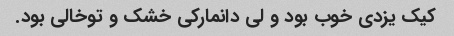
کیک یزدی خوب بود و لی دانمارکی خشک و توخالی بود.